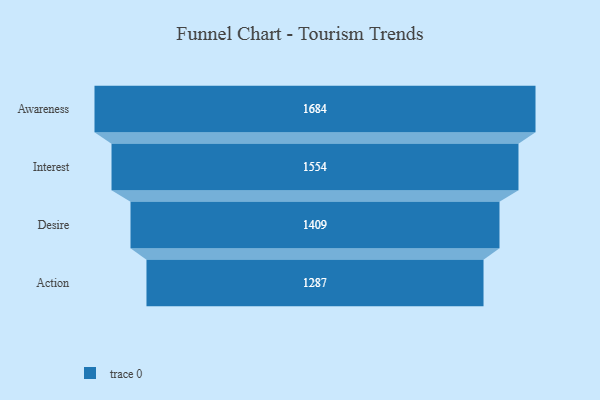
{"axis": {"x": "Stage", "y": "Value"}, "legend": [""], "data": [{"x": "Awareness", "y": 1684.0, "type": ""}, {"x": "Interest", "y": 1554.0, "type": ""}, {"x": "Desire", "y": 1409.0, "type": ""}, {"x": "Action", "y": 1287.0, "type": ""}]}